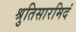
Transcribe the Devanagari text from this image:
श्रुतिसारमिदं